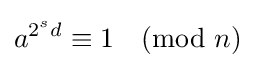
a^{2^{s}d}\equiv 1{\pmod {n}}